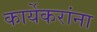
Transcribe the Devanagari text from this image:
कार्येकरांना